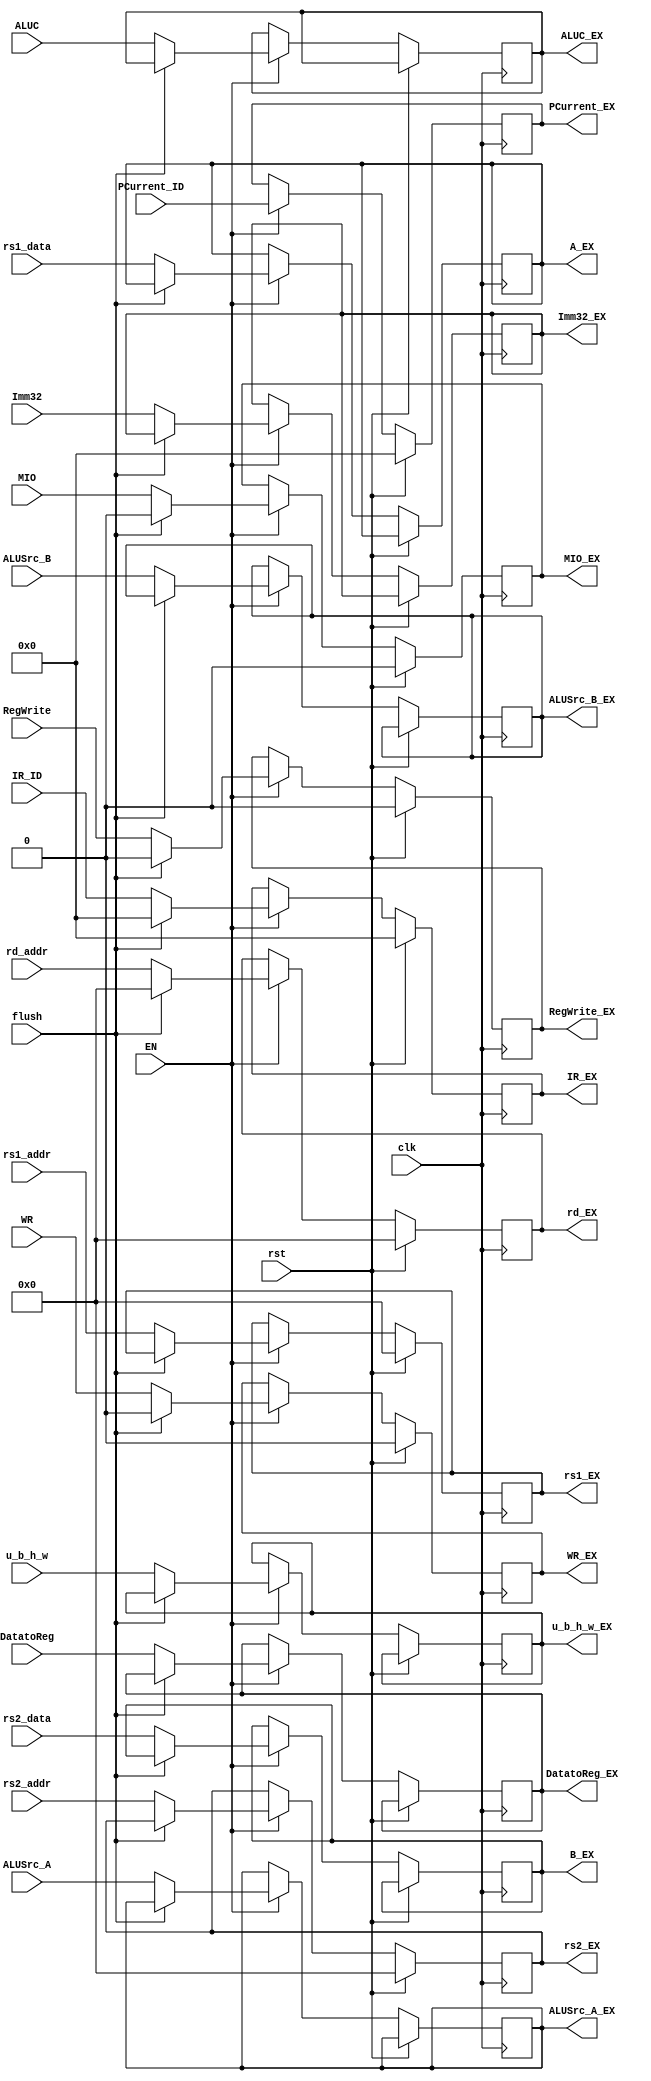
`timescale 1ns / 1ps
//////////////////////////////////////////////////////////////////////////////////
// Company:
// Engineer:
//
// Design Name:
// Module Name:    REGS ID/EX Latch
// Project Name:
// Target Devices:
// Tool versions:
// Description:
//
// Dependencies:
//
// Revision:
// Revision 0.01 - File Created
// Additional Comments:
//
//////////////////////////////////////////////////////////////////////////////////

module    REG_ID_EX(input clk,                                         //ID/EX Latch
                    input rst,
                    input EN,                                          //?
                    input flush,                                       //DStall
                    input [31:0] IR_ID,                                //()
                    input [31:0] PCurrent_ID,                          //?
                    input [4:0] rs1_addr,                               //A
                    input [4:0] rs2_addr,                               //B
                    input [31:0] rs1_data,                             //A
                    input [31:0] rs2_data,                             //A
                    input [31:0] Imm32,                                //?32?
                    input [4:0]  rd_addr,                              //?
                    input ALUSrc_A,                             //ALU A
                    input ALUSrc_B,                             //ALU B
                    input [3:0]  ALUC,                                 //ALU
                    input DatatoReg,                            //REG?
                    input RegWrite,                                    //?
                    input WR,                                          //
                    input [2:0] u_b_h_w,
                    input MIO,

                    output reg[31:0] PCurrent_EX,                      //
                    output reg[31:0] IR_EX,                            //()
                    output reg[4:0]  rs1_EX,
                    output reg[4:0]  rs2_EX,
                    output reg[31:0] A_EX,                             //A
                    output reg[31:0] B_EX,                             //B
                    output reg[31:0] Imm32_EX,                          //32?
                    output reg[4:0]  rd_EX,                            //
                    output reg       ALUSrc_A_EX,                      //ALU A
                    output reg       ALUSrc_B_EX,                      //ALU B()
                    output reg[3:0]  ALUC_EX,                          //ALU
                    output reg       DatatoReg_EX,                     //REG?
                    output reg       RegWrite_EX,                      //
                    output reg       WR_EX,                            //?
                    output reg[2:0]  u_b_h_w_EX,
                    output reg       MIO_EX
                );

    always @(posedge clk ) begin                           //ID/EX Latch
    if(rst) begin
        rd_EX        <= 0;
        RegWrite_EX  <= 0;
        WR_EX        <= 0;
        IR_EX        <= 32'h00000000;
        PCurrent_EX  <= 32'h00000000 ;
        rs1_EX       <= 0;
        rs2_EX       <= 0;
        MIO_EX       <= 0;
    end
    else if(EN)begin
            if(flush)begin                               //CPU??
                IR_EX       <= 32'h00000000;             //nop, : 32'h00000013
                rd_EX       <= 0;                        //cancel Instruction write address
                RegWrite_EX <= 0;                        //?
                WR_EX       <= 0;                        //cancel write memory
                PCurrent_EX <= PCurrent_ID;              //?PC()
                MIO_EX       <= 0;
            end
            else begin                                   //EX?
                PCurrent_EX <= PCurrent_ID;              //??
                IR_EX       <= IR_ID;                    //??()
                A_EX        <= rs1_data;                 //?A
                B_EX        <= rs2_data;                 //?B
                Imm32_EX    <= Imm32;                    //??
                rd_EX       <= rd_addr;                  //??
                rs1_EX      <= rs1_addr;
                rs2_EX      <= rs2_addr;
                ALUSrc_A_EX <= ALUSrc_A;                 //?ALU A
                ALUSrc_B_EX <= ALUSrc_B;                 //?ALU B
                ALUC_EX     <= ALUC;                     //?ALU
                DatatoReg_EX<= DatatoReg;               //?REG?
                RegWrite_EX <= RegWrite;                 //??
                WR_EX       <= WR;                       //?
                u_b_h_w_EX    <= u_b_h_w;
                MIO_EX       <= MIO;

                end
        end
    end

endmodule